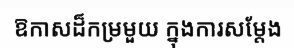
ឱកាសដ៏កម្រមួយ ក្នុងការសម្តែង